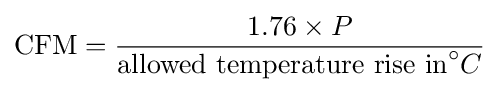
{\text{CFM}}={\frac {1.76\times P}{{\text{allowed temperature rise in}}^{\circ }C}}